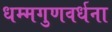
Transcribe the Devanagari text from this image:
धम्मगुणवर्धना